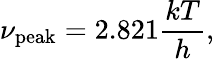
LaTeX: \nu_{\mathrm{peak}}=2.821{\frac{kT}{h}},